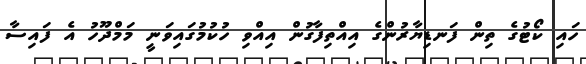
ހައި ކޯޓުގެ ތިން ފަނޑިޔާރުންގެ އިއްތިފާގުން އިއްވި ހުކުމުގައިވަނީ މަމްދޫހު އެ ފައިސާ